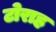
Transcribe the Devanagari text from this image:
टोराह